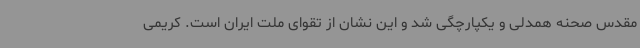
مقدس صحنه همدلی و یکپارچگی شد و این نشان از تقوای ملت ایران است. کریمی